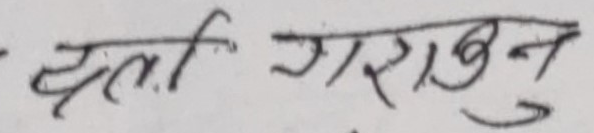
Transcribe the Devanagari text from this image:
कर्ता गराउनु